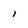
Character: l